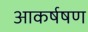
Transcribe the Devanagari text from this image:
आकर्षषण